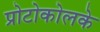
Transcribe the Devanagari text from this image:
प्रोटोकोलके